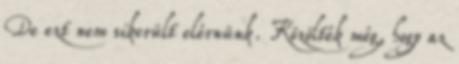
De ezt nem sikerült elérnünk. Közölték még, hogy az